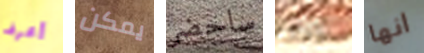
أعرف يمكن ساحضر يمنعهم انها